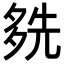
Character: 𡖬